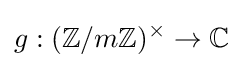
g:(\mathbb {Z} /m\mathbb {Z} )^{\times }\rightarrow \mathbb {C}